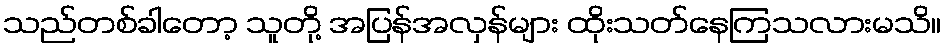
သည်တစ်ခါတော့ သူတို့ အပြန်အလှန်များ ထိုးသတ်နေကြသလားမသိ။